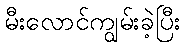
မီးလောင်ကျွမ်းခဲ့ပြီး